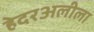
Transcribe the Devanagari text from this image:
हेदरअलीला